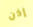
إذن